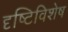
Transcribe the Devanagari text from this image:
दृष्टिविशेष